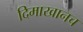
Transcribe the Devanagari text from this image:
दिमाखानच